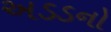
અડડનો